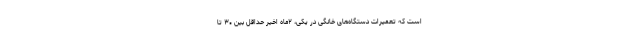
است که تعمیرات دستگاه‌های خانگی در یکی، ۲‌ماه اخیر حداقل بین ۳۰ تا